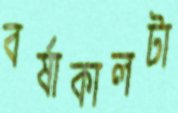
বর্ষাকালটা